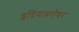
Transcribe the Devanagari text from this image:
इंद्रियाबरोबर